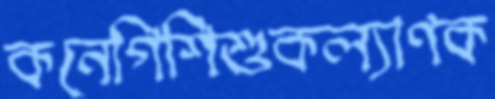
কনেগিশিশুকল্যাণক